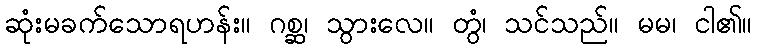
ဆုံးမခက်သောရဟန်း။ ဂစ္ဆ၊ သွားလေ။ တွံ၊ သင်သည်။ မမ၊ ငါ၏။